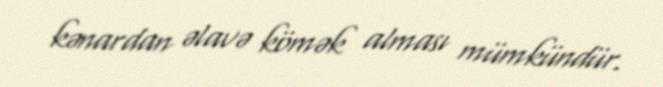
kənardan əlavə kömək alması mümkündür.